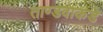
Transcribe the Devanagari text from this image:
ताण्डवाकडे